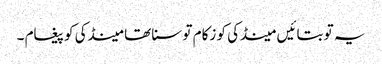
یہ تو بتائیں مینڈکی کو زکام تو سنا تھا مینڈکی کو پیغام ۔